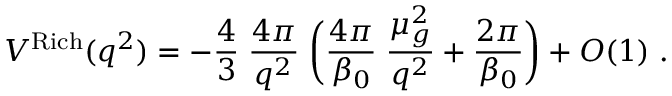
V ^ { \mathrm { R i c h } } ( q ^ { 2 } ) = - \frac { 4 } { 3 } \; \frac { 4 \pi } { q ^ { 2 } } \; \biggl ( \frac { 4 \pi } { \beta _ { 0 } } \; \frac { \mu _ { g } ^ { 2 } } { q ^ { 2 } } + \frac { 2 \pi } { \beta _ { 0 } } \biggr ) + O ( 1 ) \; .